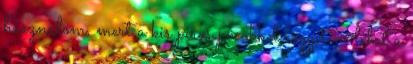
használom, mert a kis piros pöcökkel rögzíteni lehet a